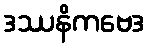
ဒဿနိကဗေဒ